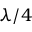
\lambda / 4